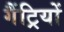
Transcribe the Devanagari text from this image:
गैंट्रियों